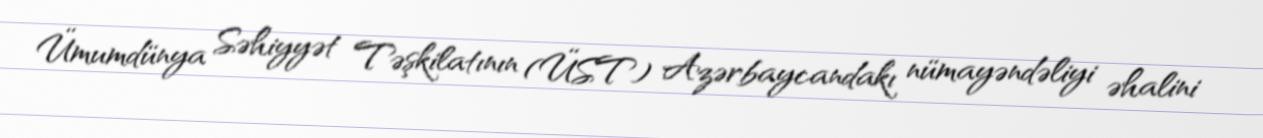
Ümumdünya Səhiyyət Təşkilatının (ÜST) Azərbaycandakı nümayəndəliyi əhalini